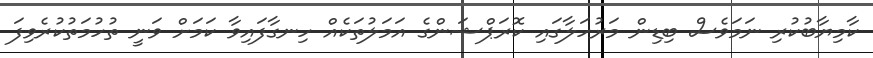
ކާމިޔާބުކުރި ނަމަވެސް ބިޑިން މަރުހަލާގައި ކޮރަޕްޝަންގެ އަމަލުތަކެއް ހިނގާފައިވާ ކަމަށް ވަނީ ތުހުމަތުކުރެވިފަ